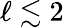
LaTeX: \ell\lesssim 2